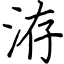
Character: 洊